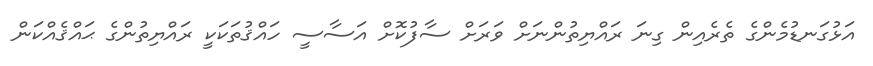
އަޅުގަނޑުމެންގެ ތެރެއިން ގިނަ ރައްޔިތުންނަށް ވަރަށް ސާފުކޮށް އަސާސީ ހައްޤުތަކަކީ ރައްޔިތުންގެ ޙައްޤެއްކަން